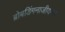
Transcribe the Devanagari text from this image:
ब्रोबडिंगनाजीयन्स